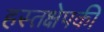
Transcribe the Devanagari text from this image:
हस्तक्षेपकी